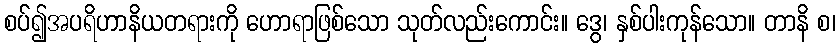
စပ်၍အပရိဟာနိယတရားကို ဟောရာဖြစ်သော သုတ်လည်းကောင်း။ ဒွေ၊ နှစ်ပါးကုန်သော။ တာနိ စ၊